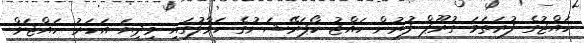
ހައްޖުގެ ފުރަތަމަ ގުރޫޕް ފުރުން ހައްޖު ކޯޕަރޭޝަނުގެ ހަވާލުގައި މިދިޔަ އަހަރު ހައްޖަށް